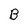
Character: B